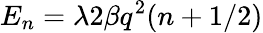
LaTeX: E_{n}=\lambda 2\beta q^{2}(n+1/2)